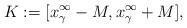
LaTeX: \begin{align*}K:=[x^\infty_\gamma-M,x_\gamma^\infty+M],\end{align*}